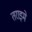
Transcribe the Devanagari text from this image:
तराइमे